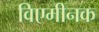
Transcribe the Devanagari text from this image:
विएमीनक